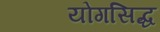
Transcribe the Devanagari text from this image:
योगसिद्ध